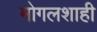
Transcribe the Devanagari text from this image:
मोगलशाही